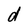
Character: d